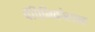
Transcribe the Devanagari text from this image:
पॅपिनिकोलाव्ह